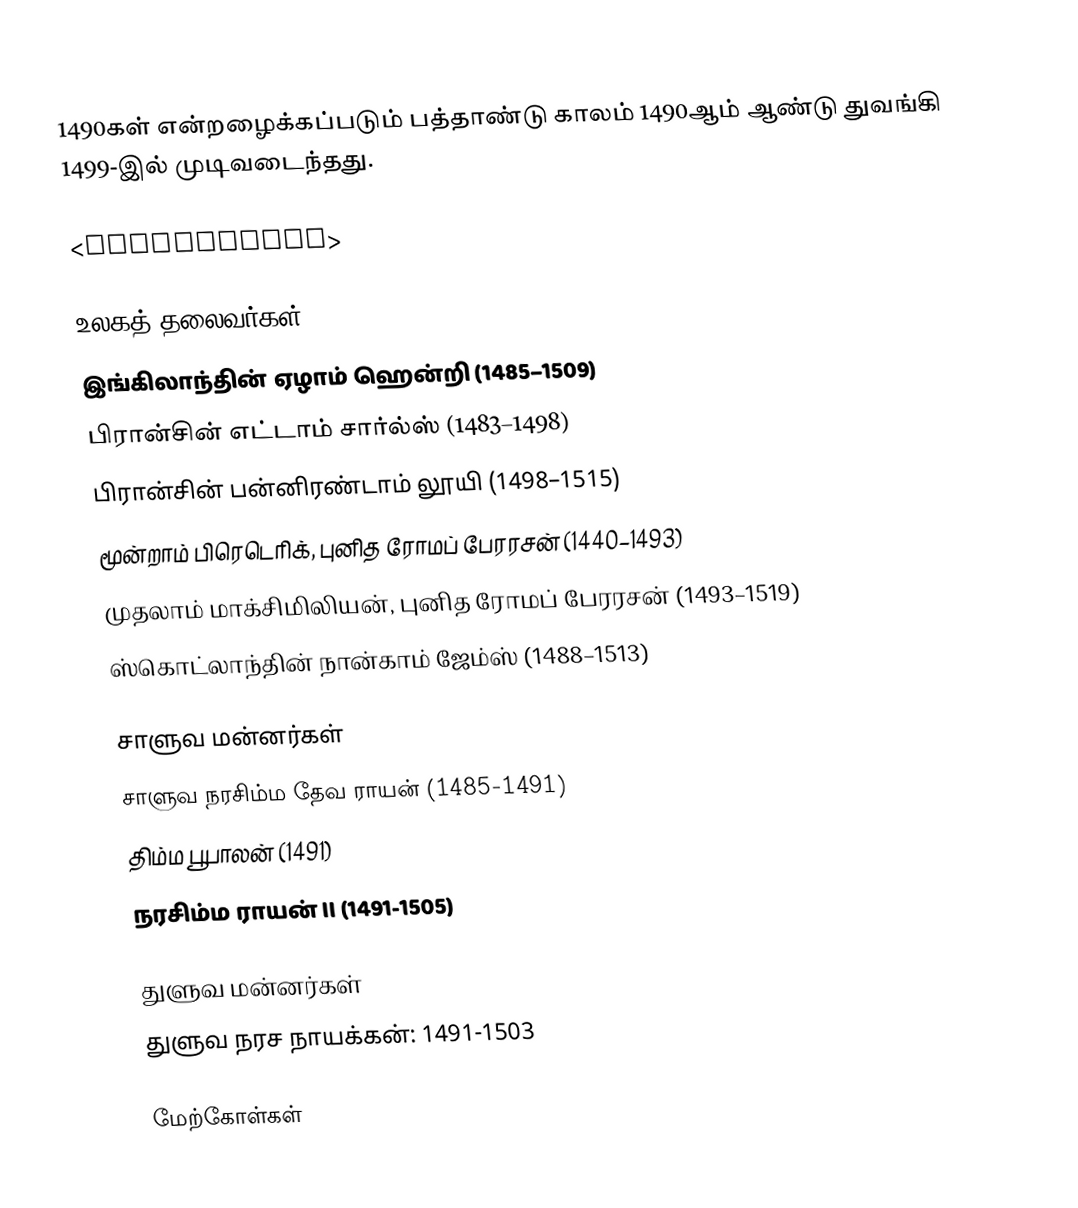
1490கள் என்றழைக்கப்படும் பத்தாண்டு காலம் 1490ஆம் ஆண்டு துவங்கி 1499-இல் முடிவடைந்தது.

<onlyinclude>

உலகத் தலைவர்கள்
 இங்கிலாந்தின் ஏழாம் ஹென்றி (1485–1509)
 பிரான்சின் எட்டாம் சார்ல்ஸ் (1483–1498)
 பிரான்சின் பன்னிரண்டாம் லூயி (1498–1515)
 மூன்றாம் பிரெடெரிக், புனித ரோமப் பேரரசன் (1440–1493)
 முதலாம் மாக்சிமிலியன், புனித ரோமப் பேரரசன் (1493–1519)
 ஸ்கொட்லாந்தின் நான்காம் ஜேம்ஸ் (1488–1513)

சாளுவ மன்னர்கள்
 சாளுவ நரசிம்ம தேவ ராயன் (1485-1491)
 திம்ம பூபாலன் (1491)
 நரசிம்ம ராயன் II (1491-1505)

துளுவ மன்னர்கள்
 துளுவ நரச நாயக்கன்: 1491-1503

மேற்கோள்கள்